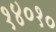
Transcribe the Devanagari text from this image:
१४०१०